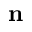
\mathbf { n }